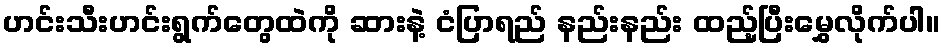
ဟင်းသီးဟင်းရွက်တွေထဲကို ဆားနဲ့ ငံပြာရည် နည်းနည်း ထည့်ပြီးမွှေလိုက်ပါ။